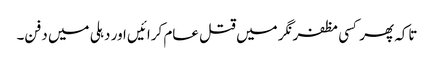
تاکہ پھر کسی مظفرنگر میں قتل عام کرائیں اور دہلی میں دفن۔